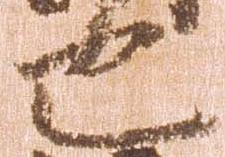
也